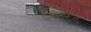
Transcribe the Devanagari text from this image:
ट्वीस्टेड